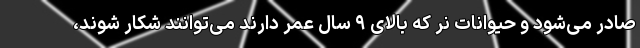
صادر می‌شود و حیوانات نر که بالای ۹ سال عمر دارند می‌توانند شکار شوند،